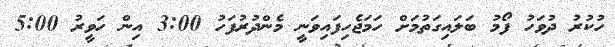
ހުކުރު ދުވަހު ފޯމު ބަލައިގަތުމަށް ހަމަޖެހިފައިވަނީ މެންދުރުފަހު 3:00 އިން ހަވީރު 5:00